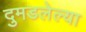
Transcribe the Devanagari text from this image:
दुमडलेल्या